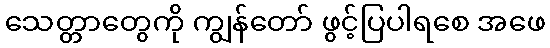
သေတ္တာတွေကို ကျွန်တော် ဖွင့်ပြပါရစေ အဖေ